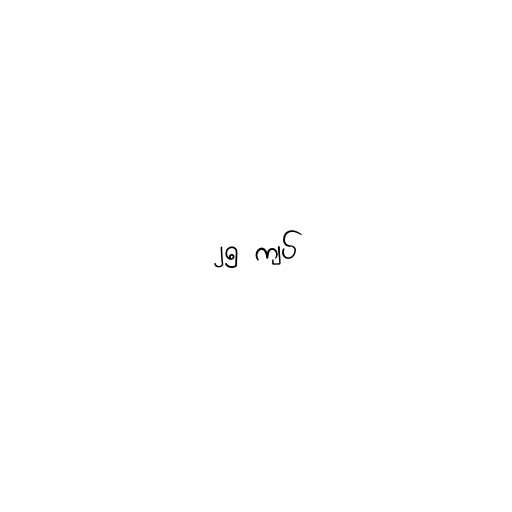
၂၅ ကျပ်